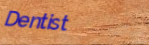
Dentist